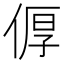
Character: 𪝐